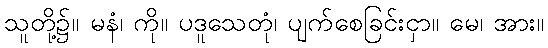
သူတို့၌။ မနံ၊ ကို။ ပဒူသေတုံ၊ ပျက်စေခြင်းငှာ။ မေ၊ အား။